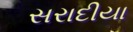
સરાદીયા